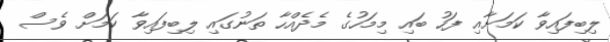
ލިބިފައިވާ ކަމަށާއި ފަހު ބައި މިމަހުގެ މެދެއްހާ ތަނުގައި ލިބިފައިވާ ކަމަށް ވެސް